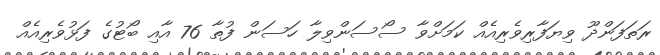
ރަތަފަންދޫ ވިޔަފާރިވެރިއެއް ކަމަށްވާ ސޯސަންވިލާ ހަސަން ފުތާ 76 އާއި ބޯޓުގެ ފަޅުވެރިއެއް